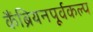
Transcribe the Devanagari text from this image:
कैंब्रियनपूर्वकल्प